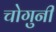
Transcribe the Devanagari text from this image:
चोगुनी